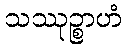
သဿုဉ္စာဟံ